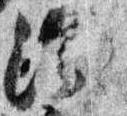
御